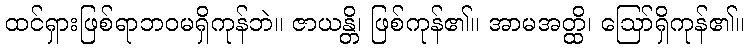
ထင်ရှားဖြစ်ရာဘဝမရှိကုန်ဘဲ။ ဇာယန္တိ၊ ဖြစ်ကုန်၏။ အာမအတ္ထိ၊ ဩော်ရှိကုန်၏။